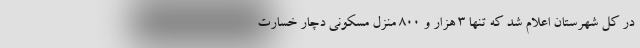
در کل شهرستان اعلام شد که تنها 3 هزار و 800 منزل مسکونی دچار خسارت